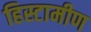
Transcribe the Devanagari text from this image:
हिस्टामीण